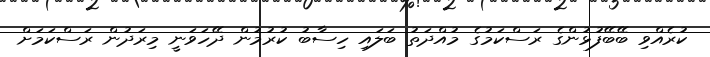
ކުރެއްވި ބޭބޭފުޅުންގެ ރަސްކަމުގެ މުއްދަތު ބަލައި ހިސާބު ކުރުމުން ދޭހަވަނީ މިރަދުން ރަސްކަމަށް